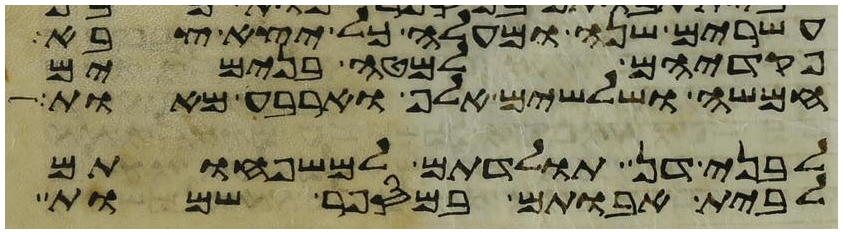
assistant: עשרים שנה ומעלה כל יצא צבא
פקדיהם למטה בנימים
חמשה ושלשים אלף וארבע מאות
לבני דן תולדתם למשפחותם
לבית אבותם במספר שמות